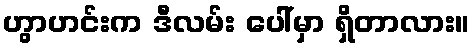
ဟွာဟင်းက ဒီလမ်း ပေါ်မှာ ရှိတာလား။